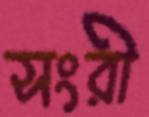
সংরী